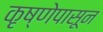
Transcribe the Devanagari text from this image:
कृष्णेपासून